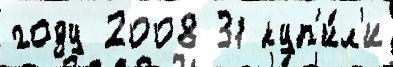
году 2008 31 куп'и́л'и